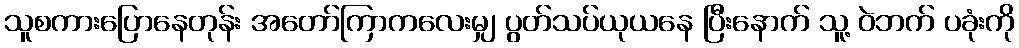
သူစကားပြောနေတုန်း အတော်ကြာကလေးမျှ ပွတ်သပ်ယုယနေ ပြီးနောက် သူ့ ဝဲဘက် ပခုံးကို